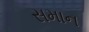
સમાન